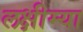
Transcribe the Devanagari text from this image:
लक्षीम्या